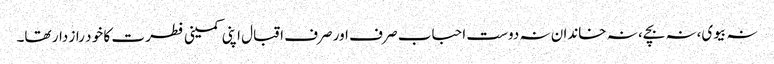
نہ بیوی،نہ بچے، نہ خاندان نہ دوست احباب صر ف اور صرف اقبال اپنی کمینی فطر ت کا خو د راز دار تھا۔